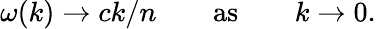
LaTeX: \omega(k)\to ck/n\qquad\mathrm{as}\qquad k\to 0.